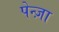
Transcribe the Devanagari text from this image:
पेन्ज़ा